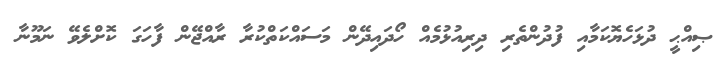
ޞިއްޙީ ދުޅަހެޔޮކަމާއި ފުދުންތެރި ދިރިއުޅުމެއް ހޯދައިދޭން މަސައްކަތްކުރާ ރާއްޖޭން ފާހަގަ ކޮށްލެވޭ ނަމޫނާ